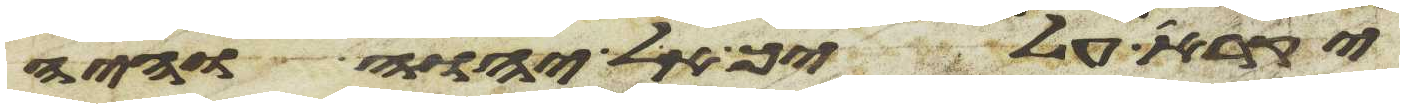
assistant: יקרא עליך אל יהוה והיה